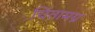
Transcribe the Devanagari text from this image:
चिंतामग्न